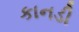
કાનડી